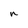
Character: n